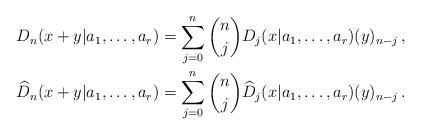
LaTeX: \begin{align*}D_n(x+y|a_1,\dots,a_r)&=\sum_{j=0}^n\binom{n}{j}D_j(x|a_1,\dots,a_r)(y)_{n-j}\,,\\\widehat D_n(x+y|a_1,\dots,a_r)&=\sum_{j=0}^n\binom{n}{j}\widehat D_j(x|a_1,\dots,a_r)(y)_{n-j}\,.\end{align*}